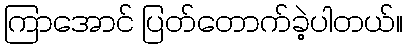
ကြာအောင် ပြတ်တောက်ခဲ့ပါတယ်။